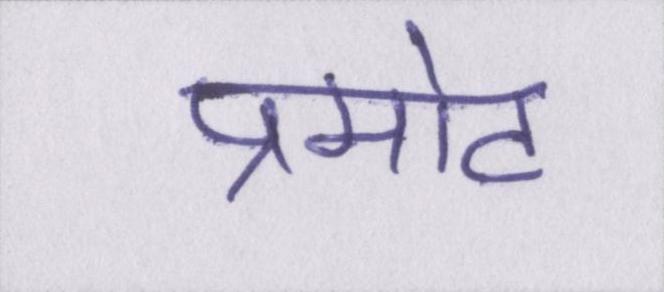
प्रमोट